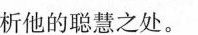
析他的聪慧之处。